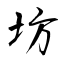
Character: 坊